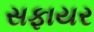
સફાયર